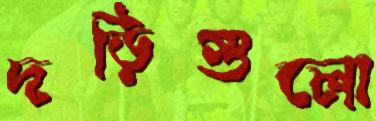
দড়িগুলো